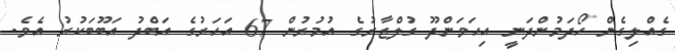
ގެއްލިގެން ހޯދަމުންދަނީ އިހަވަންދޫ ގުލްޒާރުގެ އުމުރުން 67 އަހަރުގެ އަބްދު އަބޫބަކުރު އެވެ.